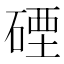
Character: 䃌